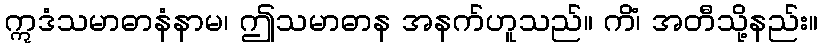
ဣဒံသမာဓာနံနာမ၊ ဤသမာဓာန အနက်ဟူသည်။ ကိံ၊ အတီသို့နည်း။